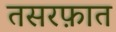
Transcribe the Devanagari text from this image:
तसरफ़ात